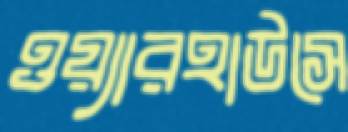
ওয়্যারহাউসে